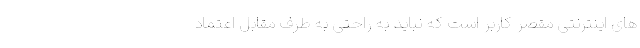
های اینترنتی مقصر کاربر است که نباید به راحتی به طرف مقابل اعتماد